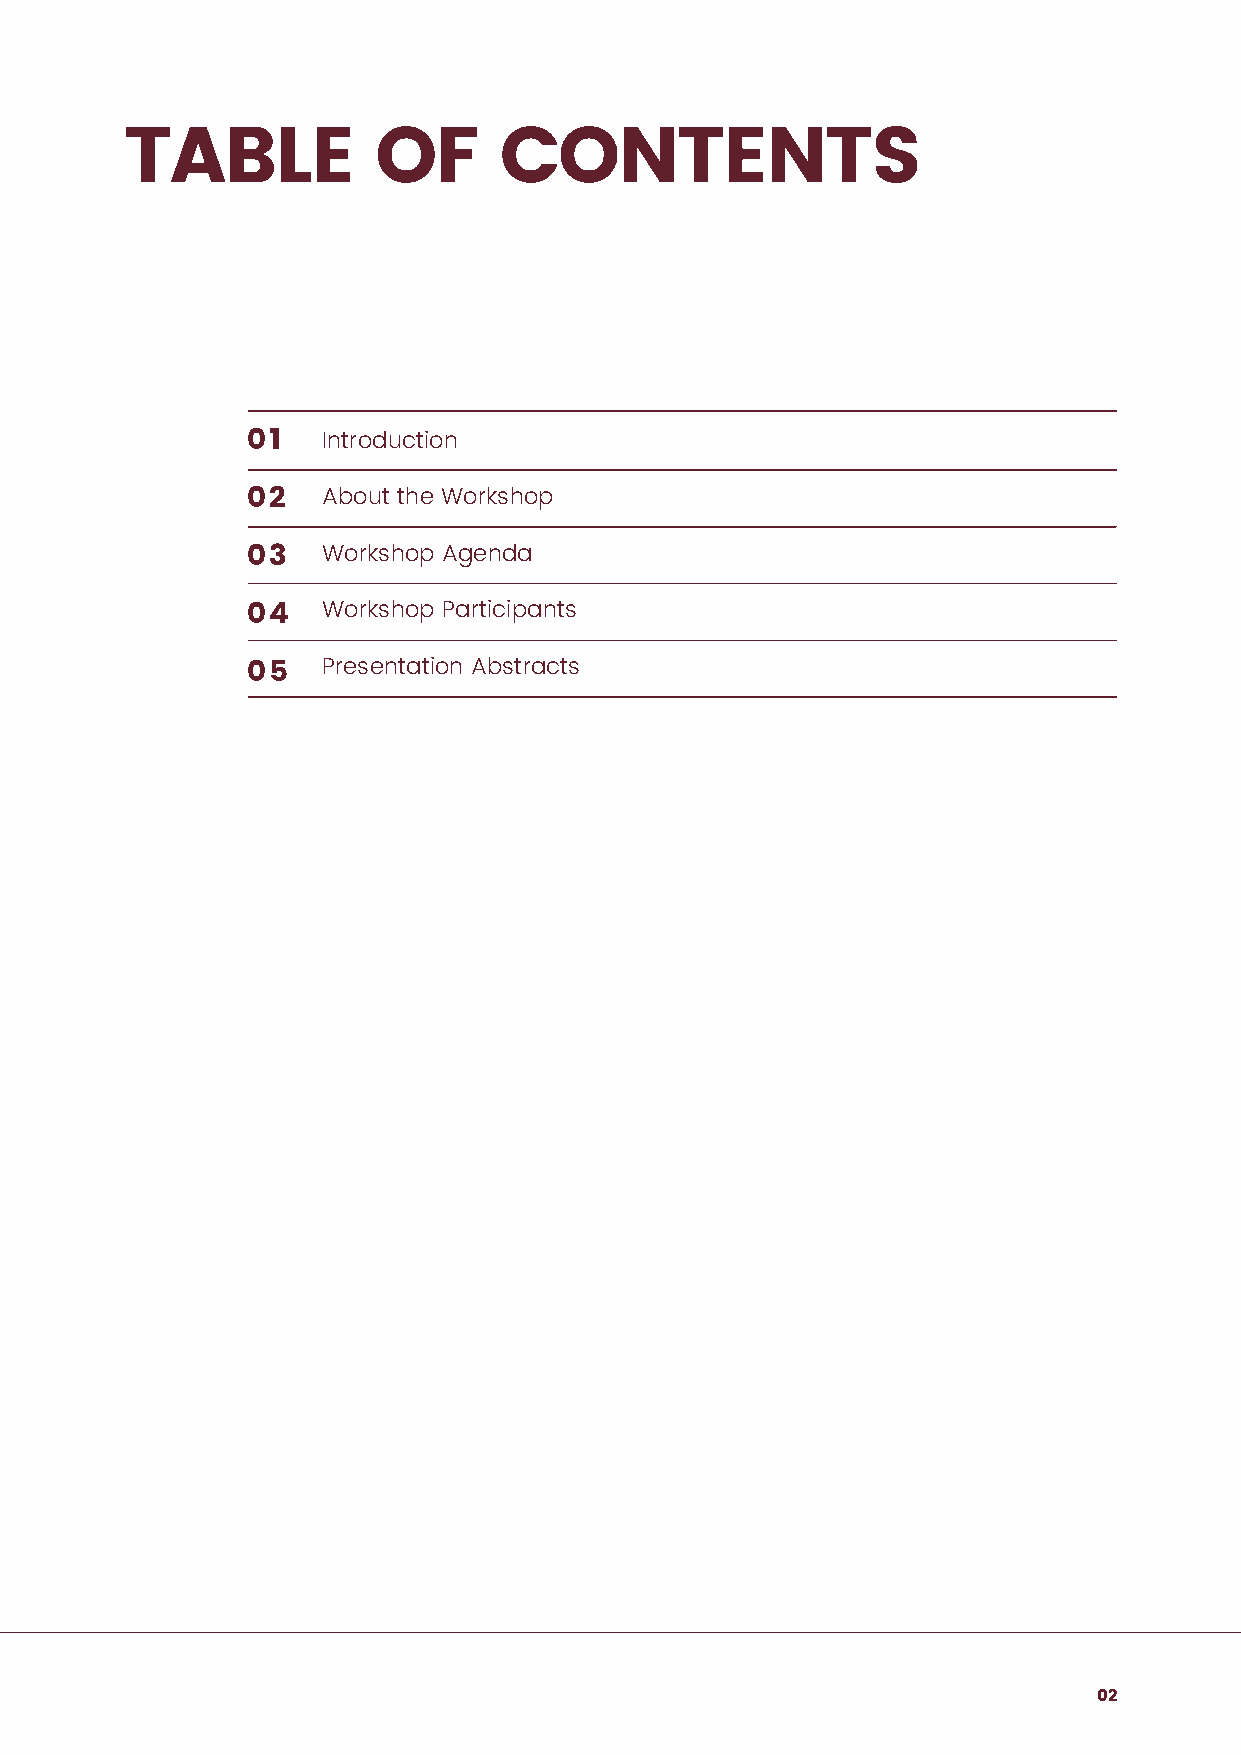
TABLE            OF      CONTENTS
 01   Introduction
 02   About the Workshop
 03   Workshop Agenda
 04   Workshop Participants
 05   Presentation Abstracts
 02